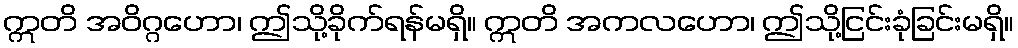
ဣတိ အဝိဂ္ဂဟော၊ ဤသို့ခိုက်ရန်မရှိ။ ဣတိ အကလဟော၊ ဤသို့ငြင်းခုံခြင်းမရှိ။